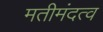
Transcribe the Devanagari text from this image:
मतीमंदत्व